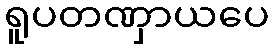
ရူပတဏှာယပေ